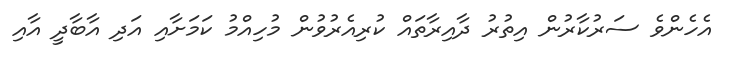
އެހެންވެ ސަރުކާރުން އިތުރު ދާއިރާތައް ކުރިއެރުވުން މުހިއްމު ކަމަށާއި އަދި އާބާދީ އާއި